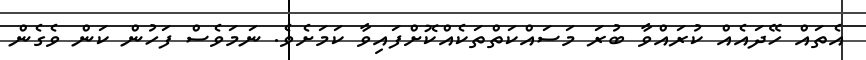
އެތައް ހޭދައެއް ކުރައްވާ ބުރަ މަސައްކަތްތަކެއްކޮށްފައިވާ ކަމަށެވެ. ނަމަވެސް ފަހުން ކަން ވެގެން